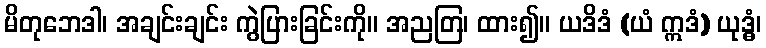
မိတုဘေဒါ၊ အချင်းချင်း ကွဲပြားခြင်းကို။ အညတြ၊ ထား၍။ ယဒိဒံ (ယံ ဣဒံ) ယုဒ္ဓံ၊